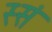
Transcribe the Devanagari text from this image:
स्सं